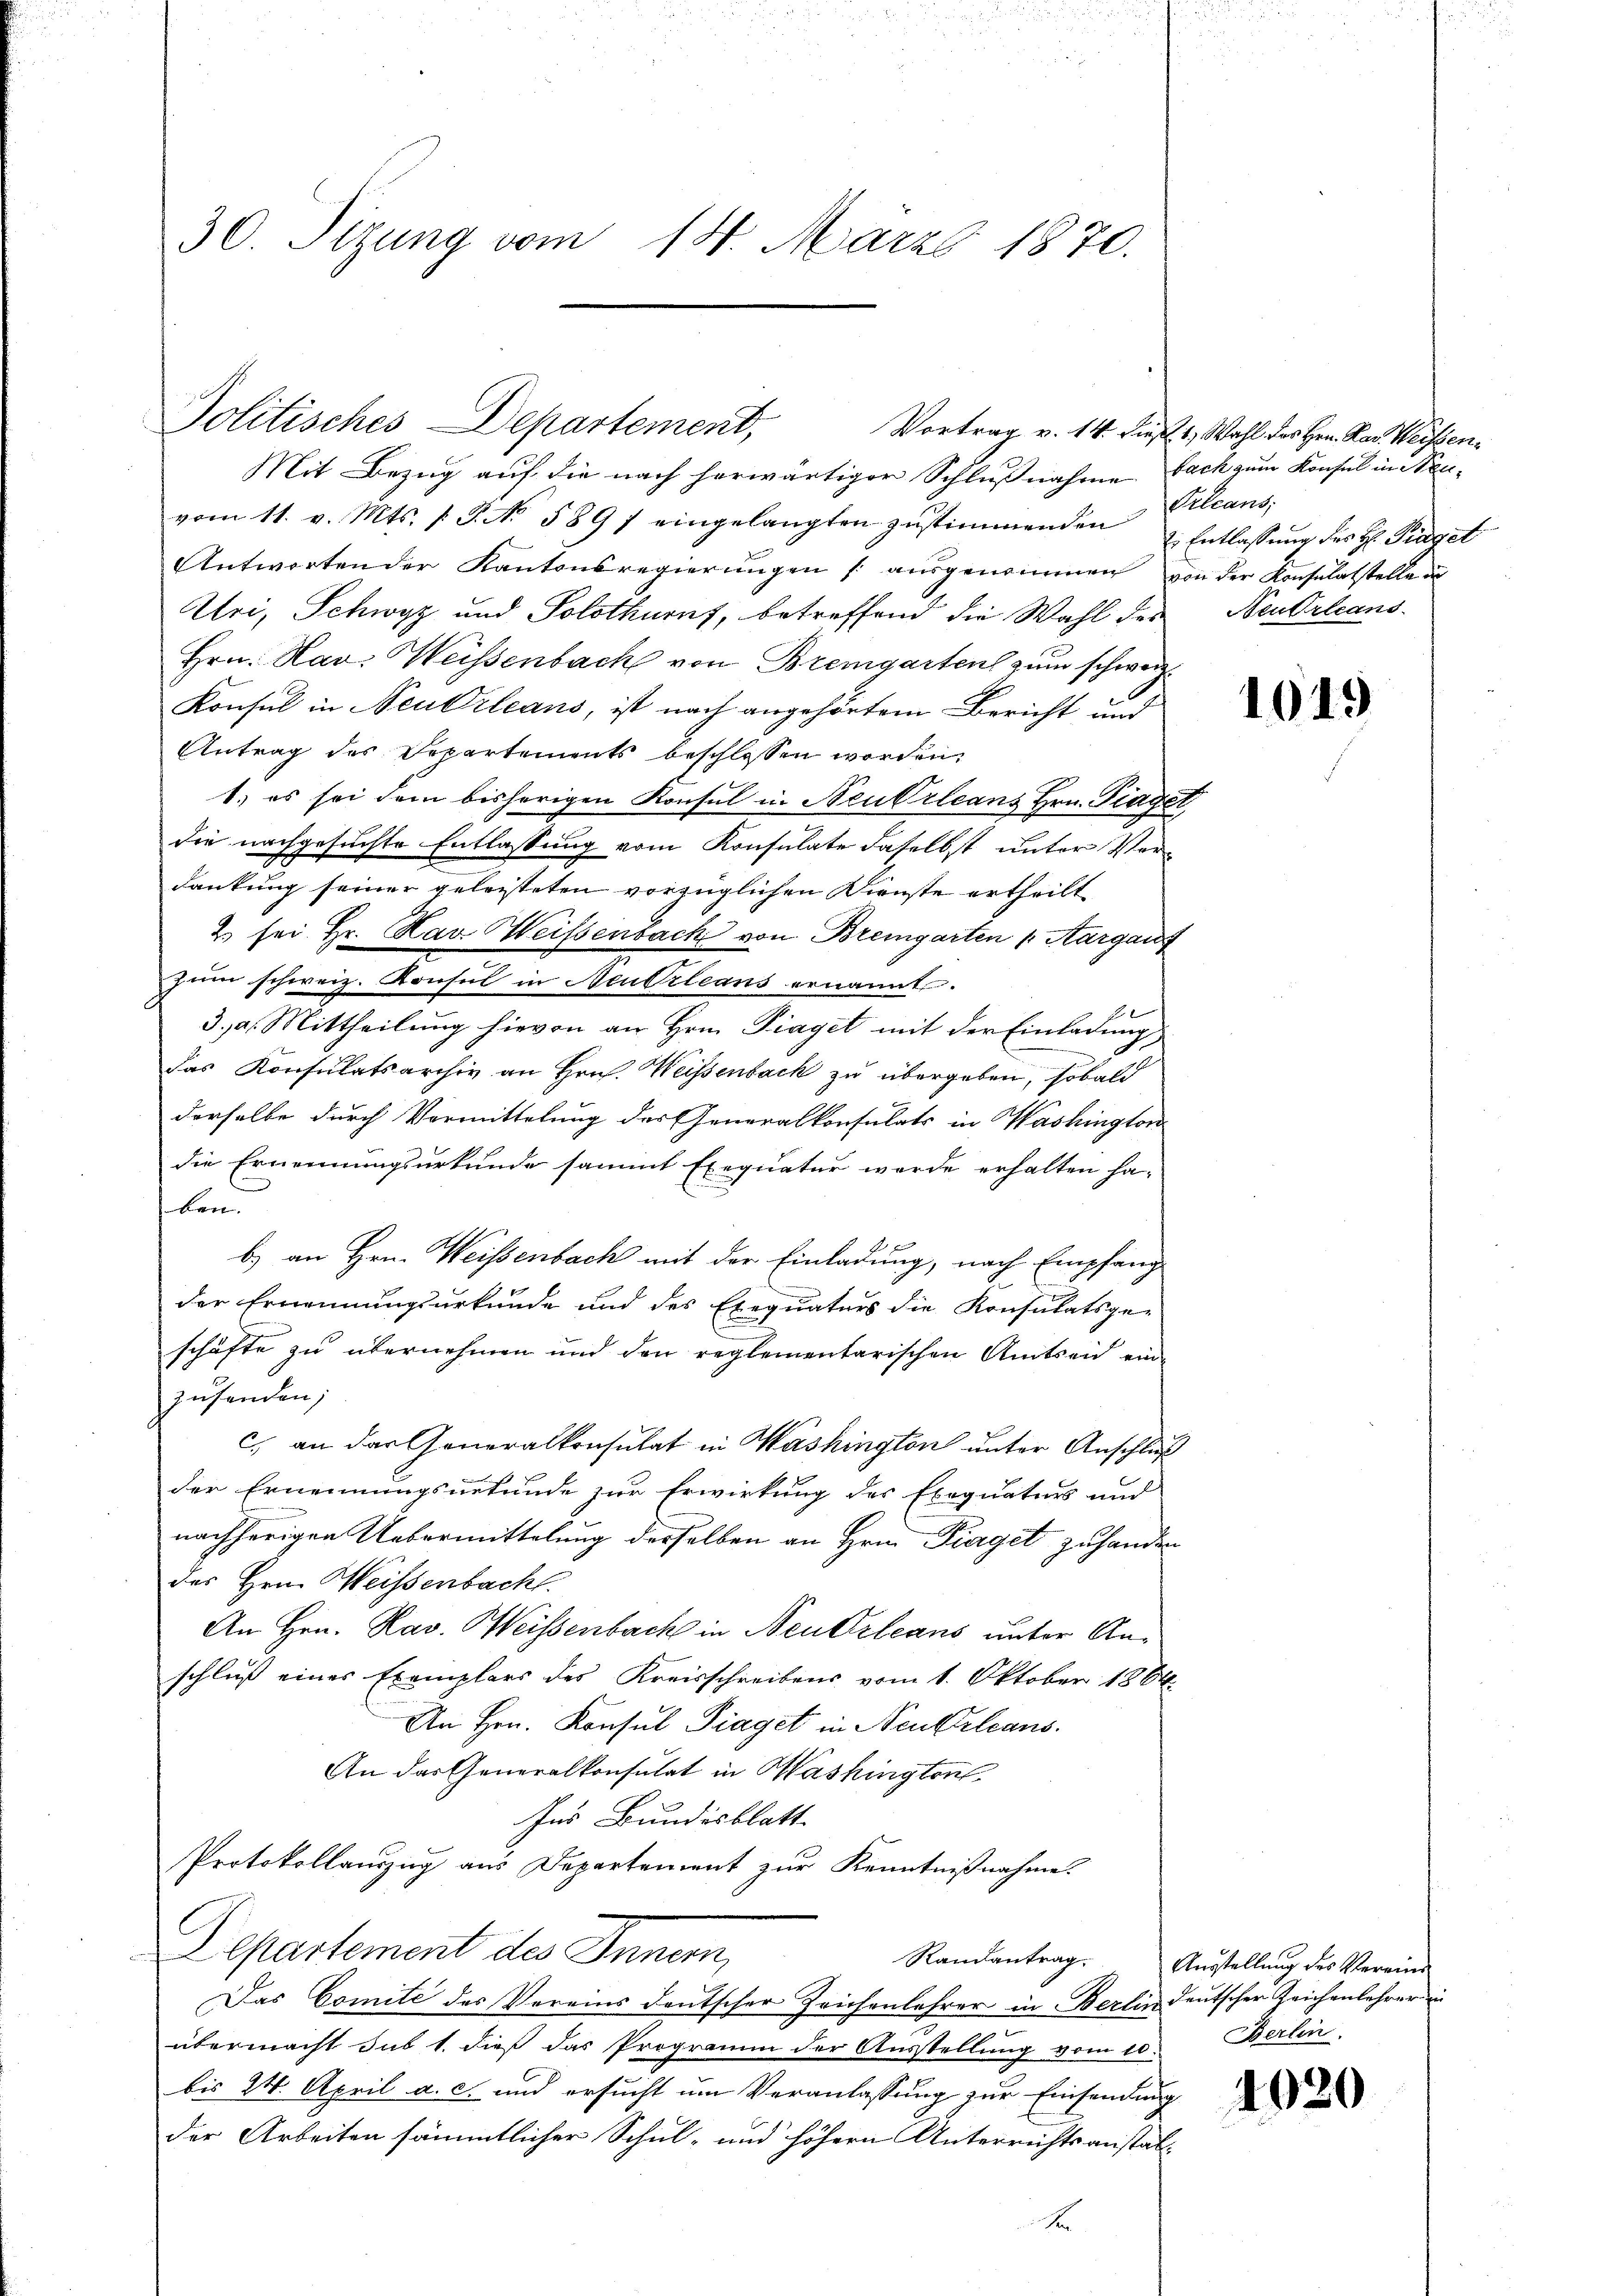
Politisches Departement,

30. Sizung vom 14. März 1870.

Mit Bezug auf die nach herwärtiger Schlußnahme fach zum Konsul in Neuvom 11. v. Mts. (T. No. 589 f eingelangten zŭstimmenden & Entlassŭng des H. Träget
Antworten der Kantonsregierŭngen /: aŭsgenommen von der Konsulatstelle in
Uri, Schwyz und Solothurn, betreffend die Wahl des Neutrleans
Hrn. Nav. Weissenbach von Bremgarten zum schweiz.
Konsul in Neubrleans, ist nach angehörtem Bericht und
Antrag des Departements beschlossen worden.
1.) es sei dem bisherigen Konsul in Neukrleans Hrn. Traget
die nachgesuchte Entlassung vom Konsulate daselbst unter Ver-
dankung seiner geleisteten vorzüglichen Dienste ertheilt
2 sei Hr. Hag Weissenbach von Bremgarten Aargauf
zum schweiz. Konsul in Neubrleans ernannt.
3., a. Mittheilung hievon an Hrn. Fraget mit der Einladung
das Konsulatsarchiv an Hrn. Weisenbach zu übergeben, sobald
derselbe durch Vormittelung der Generalkonsulats in Washington
die Ernennungsurkunde sammt Exequatur werde erhalten ha-
ben
b) an Hrn. Weissenbach mit der Einladung, nach Empfang
der Ernennungsurkunde und des Exequaturs die Konsulatsge-
schäfte zu übernehmen und den reglementarischen Amtsrich ein-
zusenden;
c) an der Generalkonsulat in Washington unter Anschluß
der Ernennungsurkunde zur Erwirkung des Exequaturs und
nachherigen Uebermittelung derselben an Hrn. Fieget zu handen
des Hrn. Weissenbacht.
An Hrn. Kav. Weissenbach in Neukrleans unter Anschluß eines Exemplars des Kreisschreibens vom 1. Oktober 1864.
An Hrn. Konsul Piaget in Neukrleans
An das Generalkonsulat in Washington,
Ins Bundesblatt.
Protokollanzug aus Departement zur Kenntnißnahme.
Departement des Innern,
Randantrag.
Das Comite des Vereins deutscher Zeichenlehrer in Berlin deutscher Zeichenlehrer i
übermacht sub 1. dieß das Programm der Ausstellung vom 10. Berlin
bis 24. April a. c. und ersucht um Veranlassung zur Einsendung
der Arbeiten sämmtlicher Schul- und höhern Unterrichtsanstalx

Vortrag v. 14. dieß. 1. Wahl des Hrn. Rat. Weissen¬
Prleans,

1049

Ausstellung des Vereine

4020